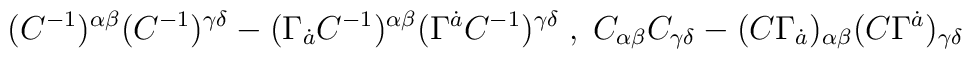
(C^{-1})^{\alpha\beta}(C^{-1})^{\gamma\delta}            -(\Gamma_{\dot{a}}C^{-1})^{\alpha\beta}             (\Gamma^{\dot{a}}C^{-1})^{\gamma\delta} \;,\;   C_{\alpha\beta}C_{\gamma\delta}         -(C\Gamma_{\dot{a}})_{\alpha\beta}          (C\Gamma^{\dot{a}})_{\gamma\delta}